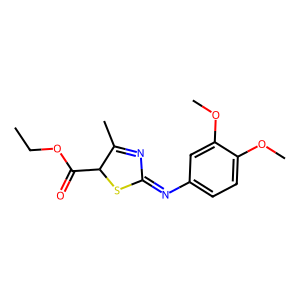
SMILES: CCOC(=O)C1SC(=Nc2ccc(OC)c(OC)c2)N=C1C
Inhibits HIV replication: No